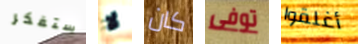
ستفكر لا كان توفى أغلقوا